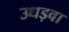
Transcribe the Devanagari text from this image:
उधड़वा